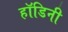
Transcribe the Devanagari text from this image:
हॉडिनी